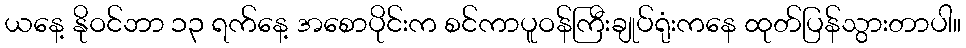
ယနေ့ နိုဝင်ဘာ ၁၃ ရက်နေ့ အစောပိုင်းက စင်ကာပူဝန်ကြီးချုပ်ရုံးကနေ ထုတ်ပြန်သွားတာပါ။